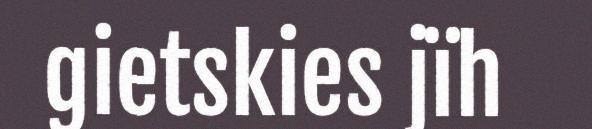
gietskies jïh